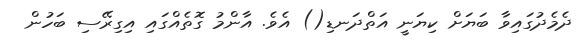
ދެމެދުގައިވާ ބަޔަށް ކިޔަނީ އަތްދަނޑި() އެވެ. އާންމު ގޮތެއްގައި އިގިރޭސި ބަހުން